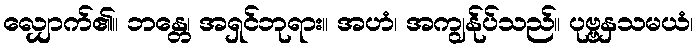
လျှောက်၏။ ဘန္တေ၊ အရှင်ဘုရား။ အဟံ၊ အကျွန်ုပ်သည်။ ပုဗ္ဗနှသမယံ၊